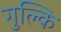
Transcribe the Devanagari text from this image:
गुल्कि